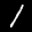
Label: 1